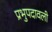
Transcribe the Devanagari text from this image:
प्रभुपदावली